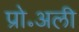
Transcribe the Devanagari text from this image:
प्रो॰अली